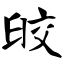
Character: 皎